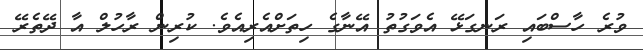
ވުރެ ހާސްބައި ރަނގަޅޭ އެވަގުތު އޭނާގެ ހިތަށްއެރިއެވެ. ކުރިން ރާހުލް އާ ދޭތެރޭ